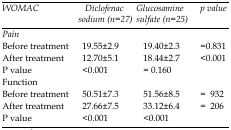
<table><thead><tr><td><b><i>WOMAC</i></b></td><td><b><i>Diclofenac sodium </i><i>(n=27)</i></b></td><td><b><i>Glucosamine sulfate (n=25)</i></b></td><td><b><i>p value</i></b></td></tr></thead><tbody><tr><td><i>Pain</i></td><td></td><td></td><td></td></tr><tr><td>Before treatment</td><td>19.55±2.9</td><td>19.40±2.3</td><td>=0.831</td></tr><tr><td>After treatment</td><td>12.70±5.1</td><td>18.44±2.7</td><td>&lt;0.001</td></tr><tr><td> P value</td><td>&lt;0.001</td><td>= 0.160</td><td></td></tr><tr><td><i>Function</i></td><td></td><td></td><td></td></tr><tr><td>Before treatment</td><td>50.51±7.3</td><td>51.56±8.5</td><td>= 932</td></tr><tr><td>After treatment</td><td>27.66±7.5</td><td>33.12±6.4</td><td>= 206</td></tr><tr><td>P value</td><td>&lt;0.001</td><td>&lt;0.001</td><td></td></tr></tbody></table>